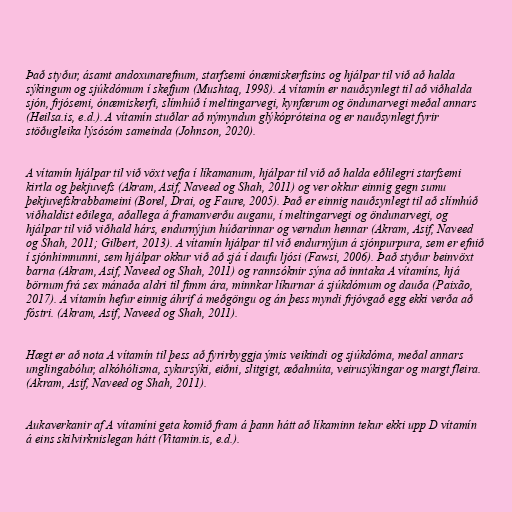
Það styður, ásamt andoxunarefnum, starfsemi ónæmiskerfisins og hjálpar til við að halda
sýkingum og sjúkdómum í skefjum (Mushtaq, 1998). A vítamín er nauðsynlegt til að viðhalda
sjón, frjósemi, ónæmiskerfi, slímhúð í meltingarvegi, kynfærum og öndunarvegi meðal annars
(Heilsa.is, e.d.). A vítamín stuðlar að nýmyndun glýkópróteina og er nauðsynlegt fyrir
stöðugleika lýsósóm sameinda (Johnson, 2020).

A vítamín hjálpar til við vöxt vefja í líkamanum, hjálpar til við að halda eðlilegri starfsemi
kirtla og þekjuvefs (Akram, Asif, Naveed og Shah, 2011) og ver okkur einnig gegn sumu
þekjuvefskrabbameini (Borel, Drai, og Faure, 2005). Það er einnig nauðsynlegt til að slímhúð
viðhaldist eðilega, aðallega á framanverðu auganu, í meltingarvegi og öndunarvegi, og
hjálpar til við viðhald hárs, endurnýjun húðarinnar og verndun hennar (Akram, Asif, Naveed
og Shah, 2011; Gilbert, 2013). A vítamín hjálpar til við endurnýjun á sjónpurpura, sem er efnið
í sjónhimnunni, sem hjálpar okkur við að sjá í daufu ljósi (Fawsi, 2006). Það styður beinvöxt
barna (Akram, Asif, Naveed og Shah, 2011) og rannsóknir sýna að inntaka A vítamíns, hjá
börnum frá sex mánaða aldri til fimm ára, minnkar líkurnar á sjúkdómum og dauða (Paixão,
2017). A vítamín hefur einnig áhrif á meðgöngu og án þess myndi frjóvgað egg ekki verða að
fóstri. (Akram, Asif, Naveed og Shah, 2011).

Hægt er að nota A vítamín til þess að fyrirbyggja ýmis veikindi og sjúkdóma, meðal annars
unglingabólur, alkóhólisma, sykursýki, eiðni, slitgigt, æðahnúta, veirusýkingar og margt fleira.
(Akram, Asif, Naveed og Shah, 2011).

Aukaverkanir af A vítamíni geta komið fram á þann hátt að líkaminn tekur ekki upp D vítamín
á eins skilvirknislegan hátt (Vitamin.is, e.d.).